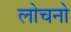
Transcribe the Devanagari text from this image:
लोचनो